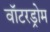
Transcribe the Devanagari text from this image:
वॉटरड्रोम